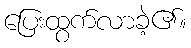
ပြေးထွက်လာခဲ့၏။